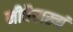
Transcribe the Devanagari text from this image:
नीचैराख्यं